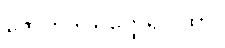
ဇောတိဒါသတ္ထေရဂါထာ။